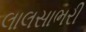
લાલસાભરી